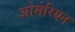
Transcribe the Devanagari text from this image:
ओमेरियन